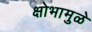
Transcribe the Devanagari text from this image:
क्षोभामुळे